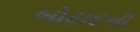
બોટાદની